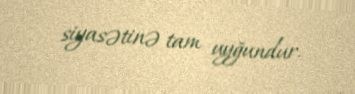
siyasətinə tam uyğundur.